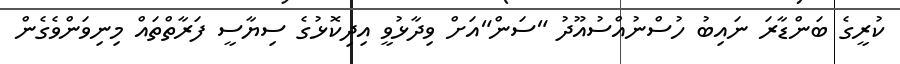
ކުރީގެ ބަންޑާރަ ނައިބު ހުސްނުއްސުއޫދު "ސަން"އަށް ވިދާޅުވީ އިދިކޮޅުގެ ސިޔާސީ ފަރާތްތައް މިނިވަންވެގެން